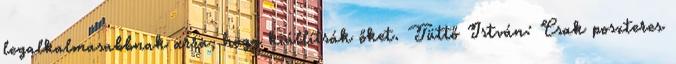
legalkalmasabbnak arra, hogy kiállítsák őket. Tüttő István: Csak poszteres